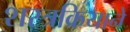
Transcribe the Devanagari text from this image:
शस्त्रक्रियाने